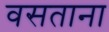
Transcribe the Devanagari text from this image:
वसताना